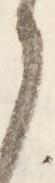
候